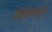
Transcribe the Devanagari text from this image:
मॅक्मनुस